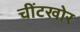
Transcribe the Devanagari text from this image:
चींटखोर